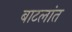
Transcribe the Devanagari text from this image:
बाटलांत